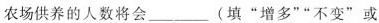
农场供养的人数将会___(填”增多””不变”或